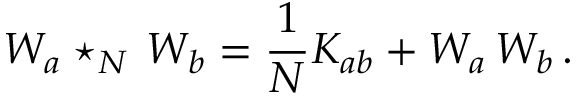
{ \cal W } _ { a } \star _ { N } \, { \cal W } _ { b } = \frac { 1 } { N } K _ { a b } + { \cal W } _ { a } \, { \cal W } _ { b } \, .